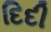
દિદી